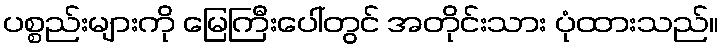
ပစ္စည်းများကို မြေကြီးပေါ်တွင် အတိုင်းသား ပုံထားသည်။